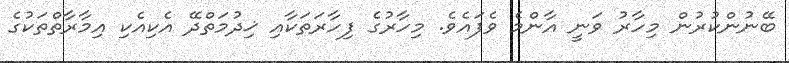
ބޭނުންކުރުން މިހާރު ވަނީ އާންމެ ވެފައެވެ. މިހާރުގެ ފިހާރަތަކާއި ޚިދުމަތްދޭ އެކިއެކި އިމާރާތްތަކުގެ